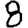
Digit: 8